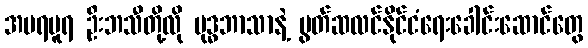
အမရပူရ ဦးဘသီတို့လို ဗုဒ္ဓဘာသာနဲ့ မွတ်ဆလင်နိုင်ငံရေးခေါင်းဆောင်တွေ